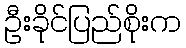
ဦးခိုင်ပြည်စိုးက